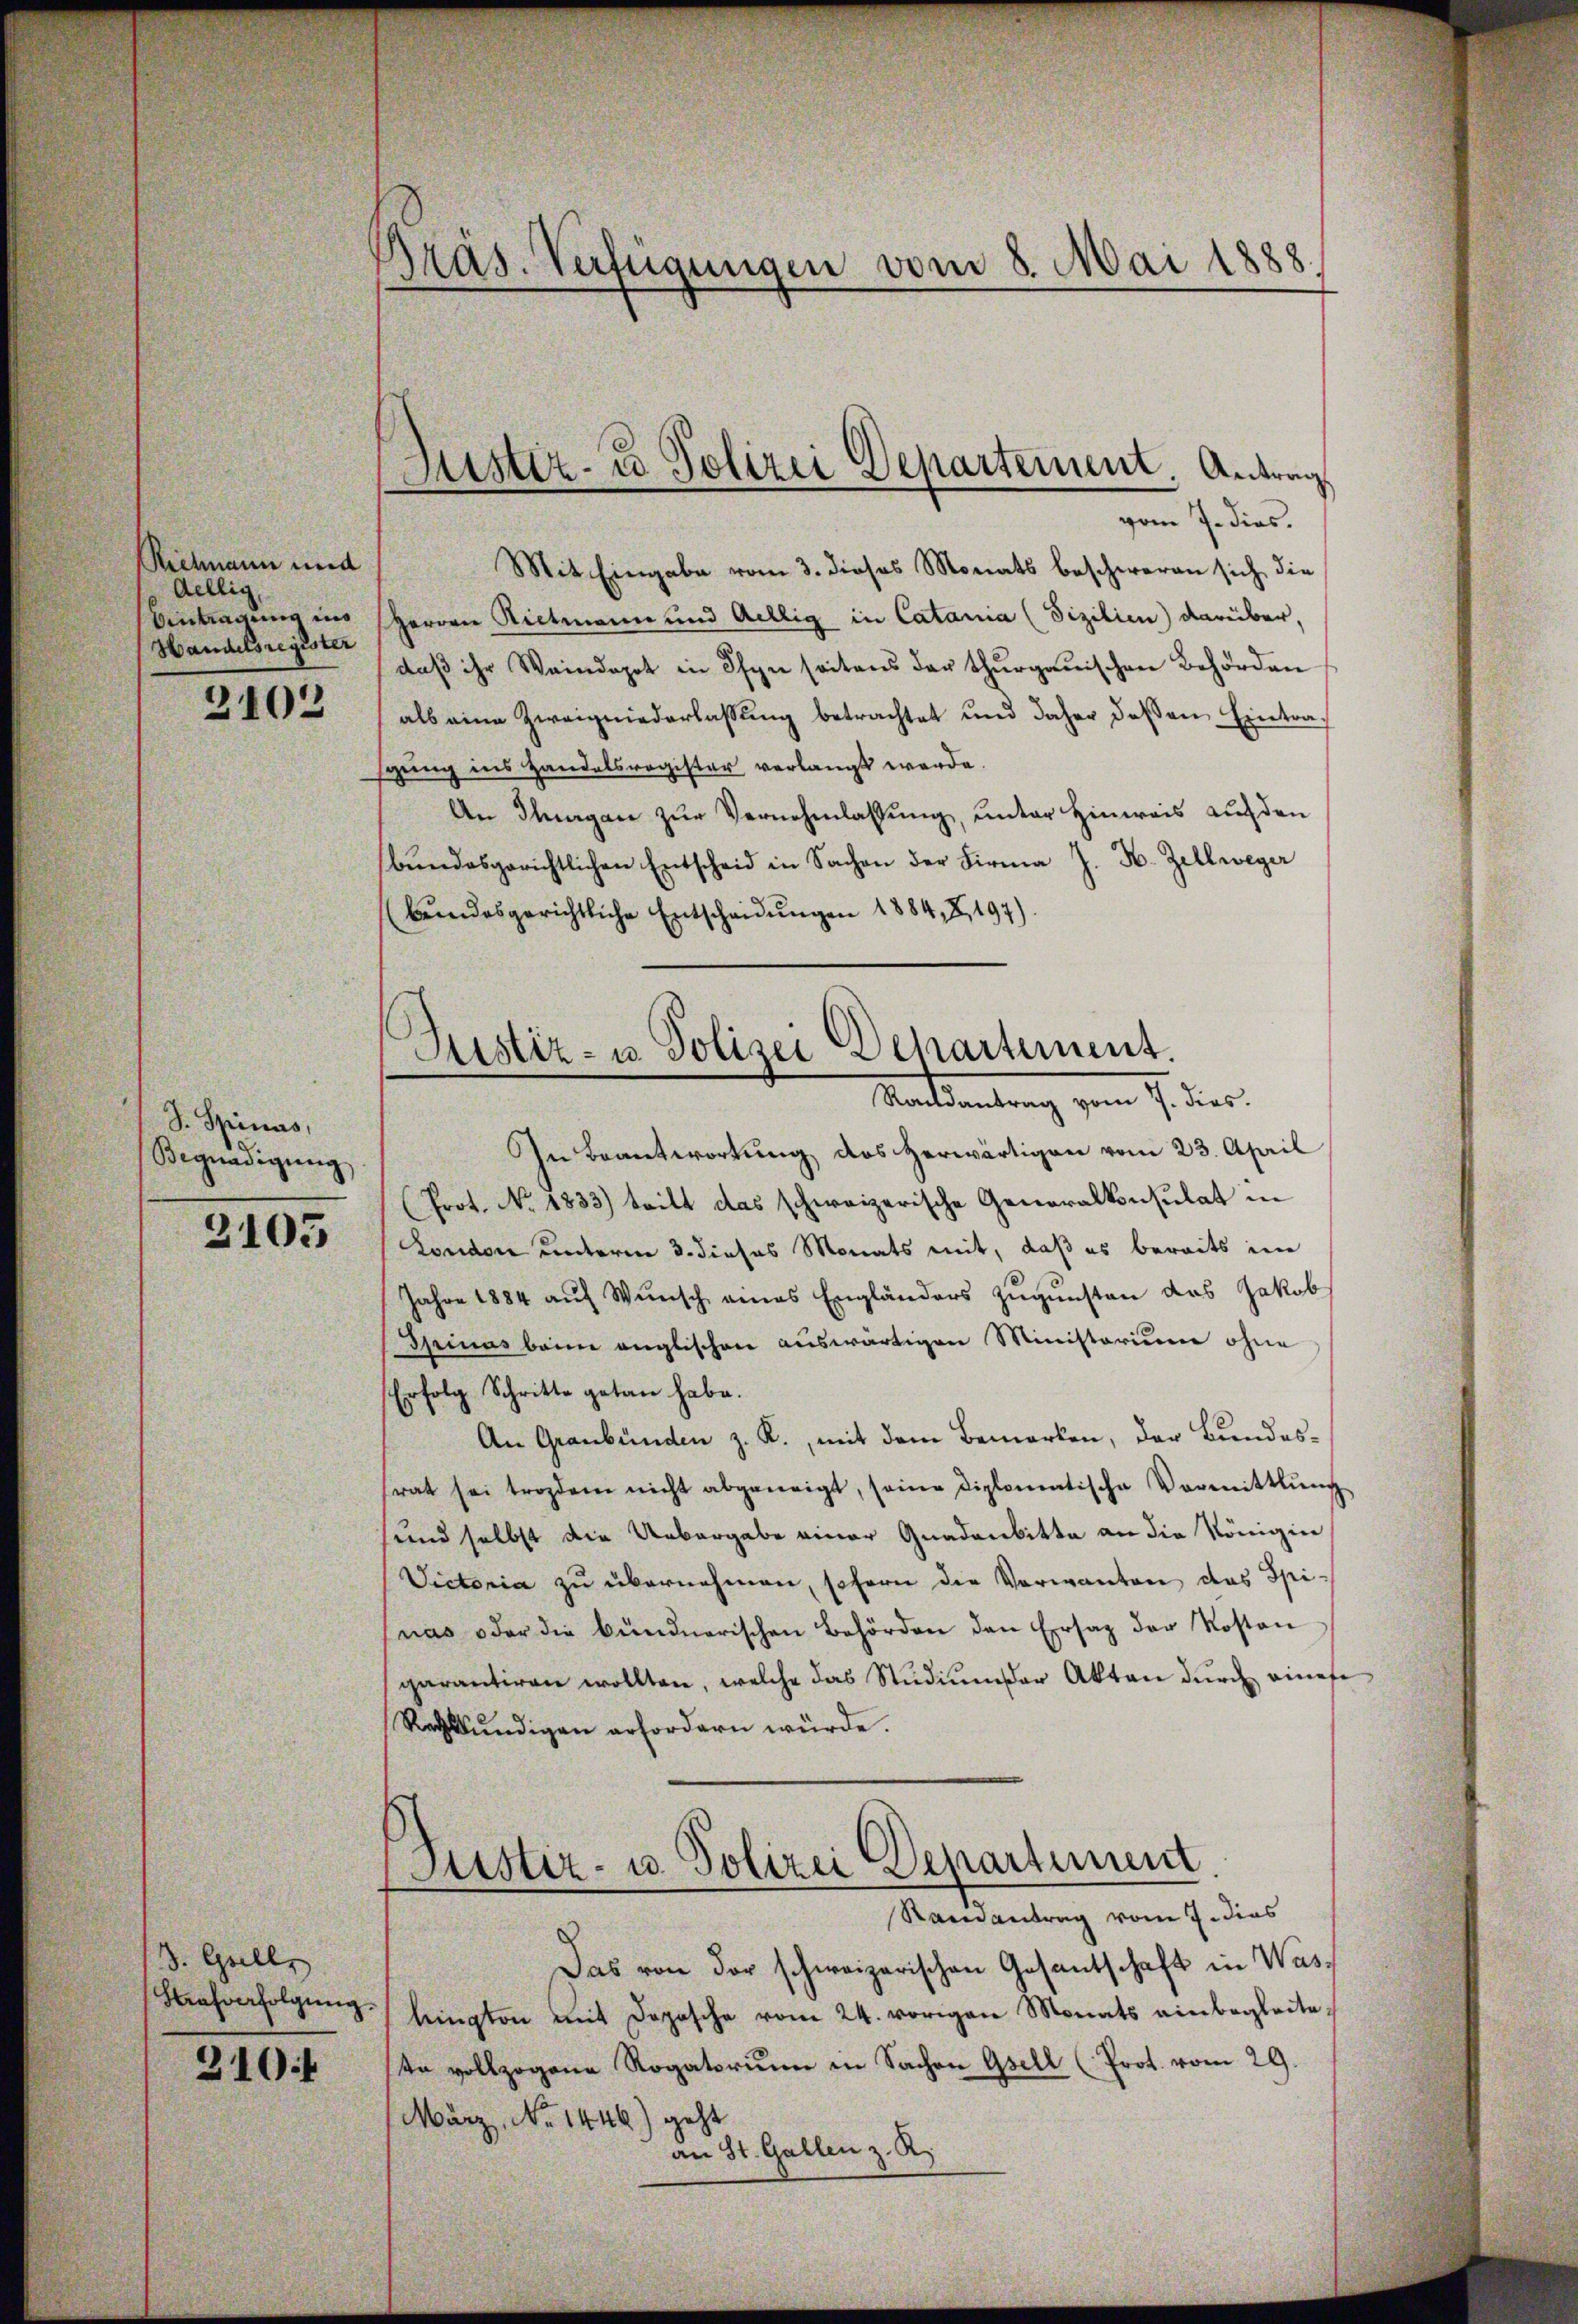
Rielmann und
dellig,
Handelsregister

2102

J. Spinas,
Begnadigung

2105

3. Gelle
Strafverfolgung.

310 f

Präs. Verfügungen vom 8. Mai 1888.

vom 7. dies.
Mit Eingabe vom 3. dieses Monats beschweren sich die
Eintragung in Herren Rietmann und Gillig in Catania (Fizilien) darüber,
daβ ihr Weindepot in Pfyn seitens der thurgauischen Behörden
als eine Zweigniederlassung betrachtet und daher deßen Eintrasgung ins Handelsregister verlangt werde.
An Thurgan zŭr Vernehmlassung, unter Hinweis auf den
bŭndesgerichtlichen Entscheid in Sachen der Firma J. H. Zellweger
(bŭndesgerichtliche Entscheidŭngen 1884, 2, 197).

Justiz- & Polizei Departement. Antrag

Justiz- u. Polizei Departement.
Santiametung vom 7. dies

In Beantwortung des Herwärtigen vom 23. April
Prot. No. 1833) teilt das schweizerische Generalkonsulat in
London unterm 3. dieses Monats mit, daß es bereits im
Jahre 1884 auf Wunsch eines Engländers zugunsten das Jakob
Spinas beim englischen auswärtigen Ministorium ohne
Erfolg Schritte getan habe.
An Graubünden z. R., mit dem Bemerken, der Bundesrat sei trozdem nicht abgeneigt, seine diplomatische Vormittlung
sund selbst die Uebergabe einer Gnadenbitte an die Königin
Victoria zu übernehmen, sofern die Verwanten das Spi-
nas oder die bündnerischen Behörden den Ersaz der Kosten
garantiren wollten, welche das Stŭdiŭmser Akten durch einefe
Rechtskŭndigen erfordern würde.

Justiz- u. Polizei Departement.
Randantrag vom 7. dies

Das von der schweizerischen Gesantschaft in Waslrington mit Depesche vom 24. vorigen Monats einbegleiteta vollzogene Rogatorium in Sachen Gsell (Prot. vom 29.
März, No 1446) geht
an St. Gallen z. R.